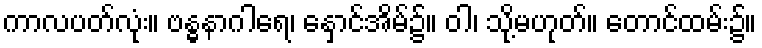
ကာလပတ်လုံး။ ဗန္ဓနာဂါရေ၊ နှောင်အိမ်၌။ ဝါ၊ သို့မဟုတ်။ တောင်ထမ်း၌။